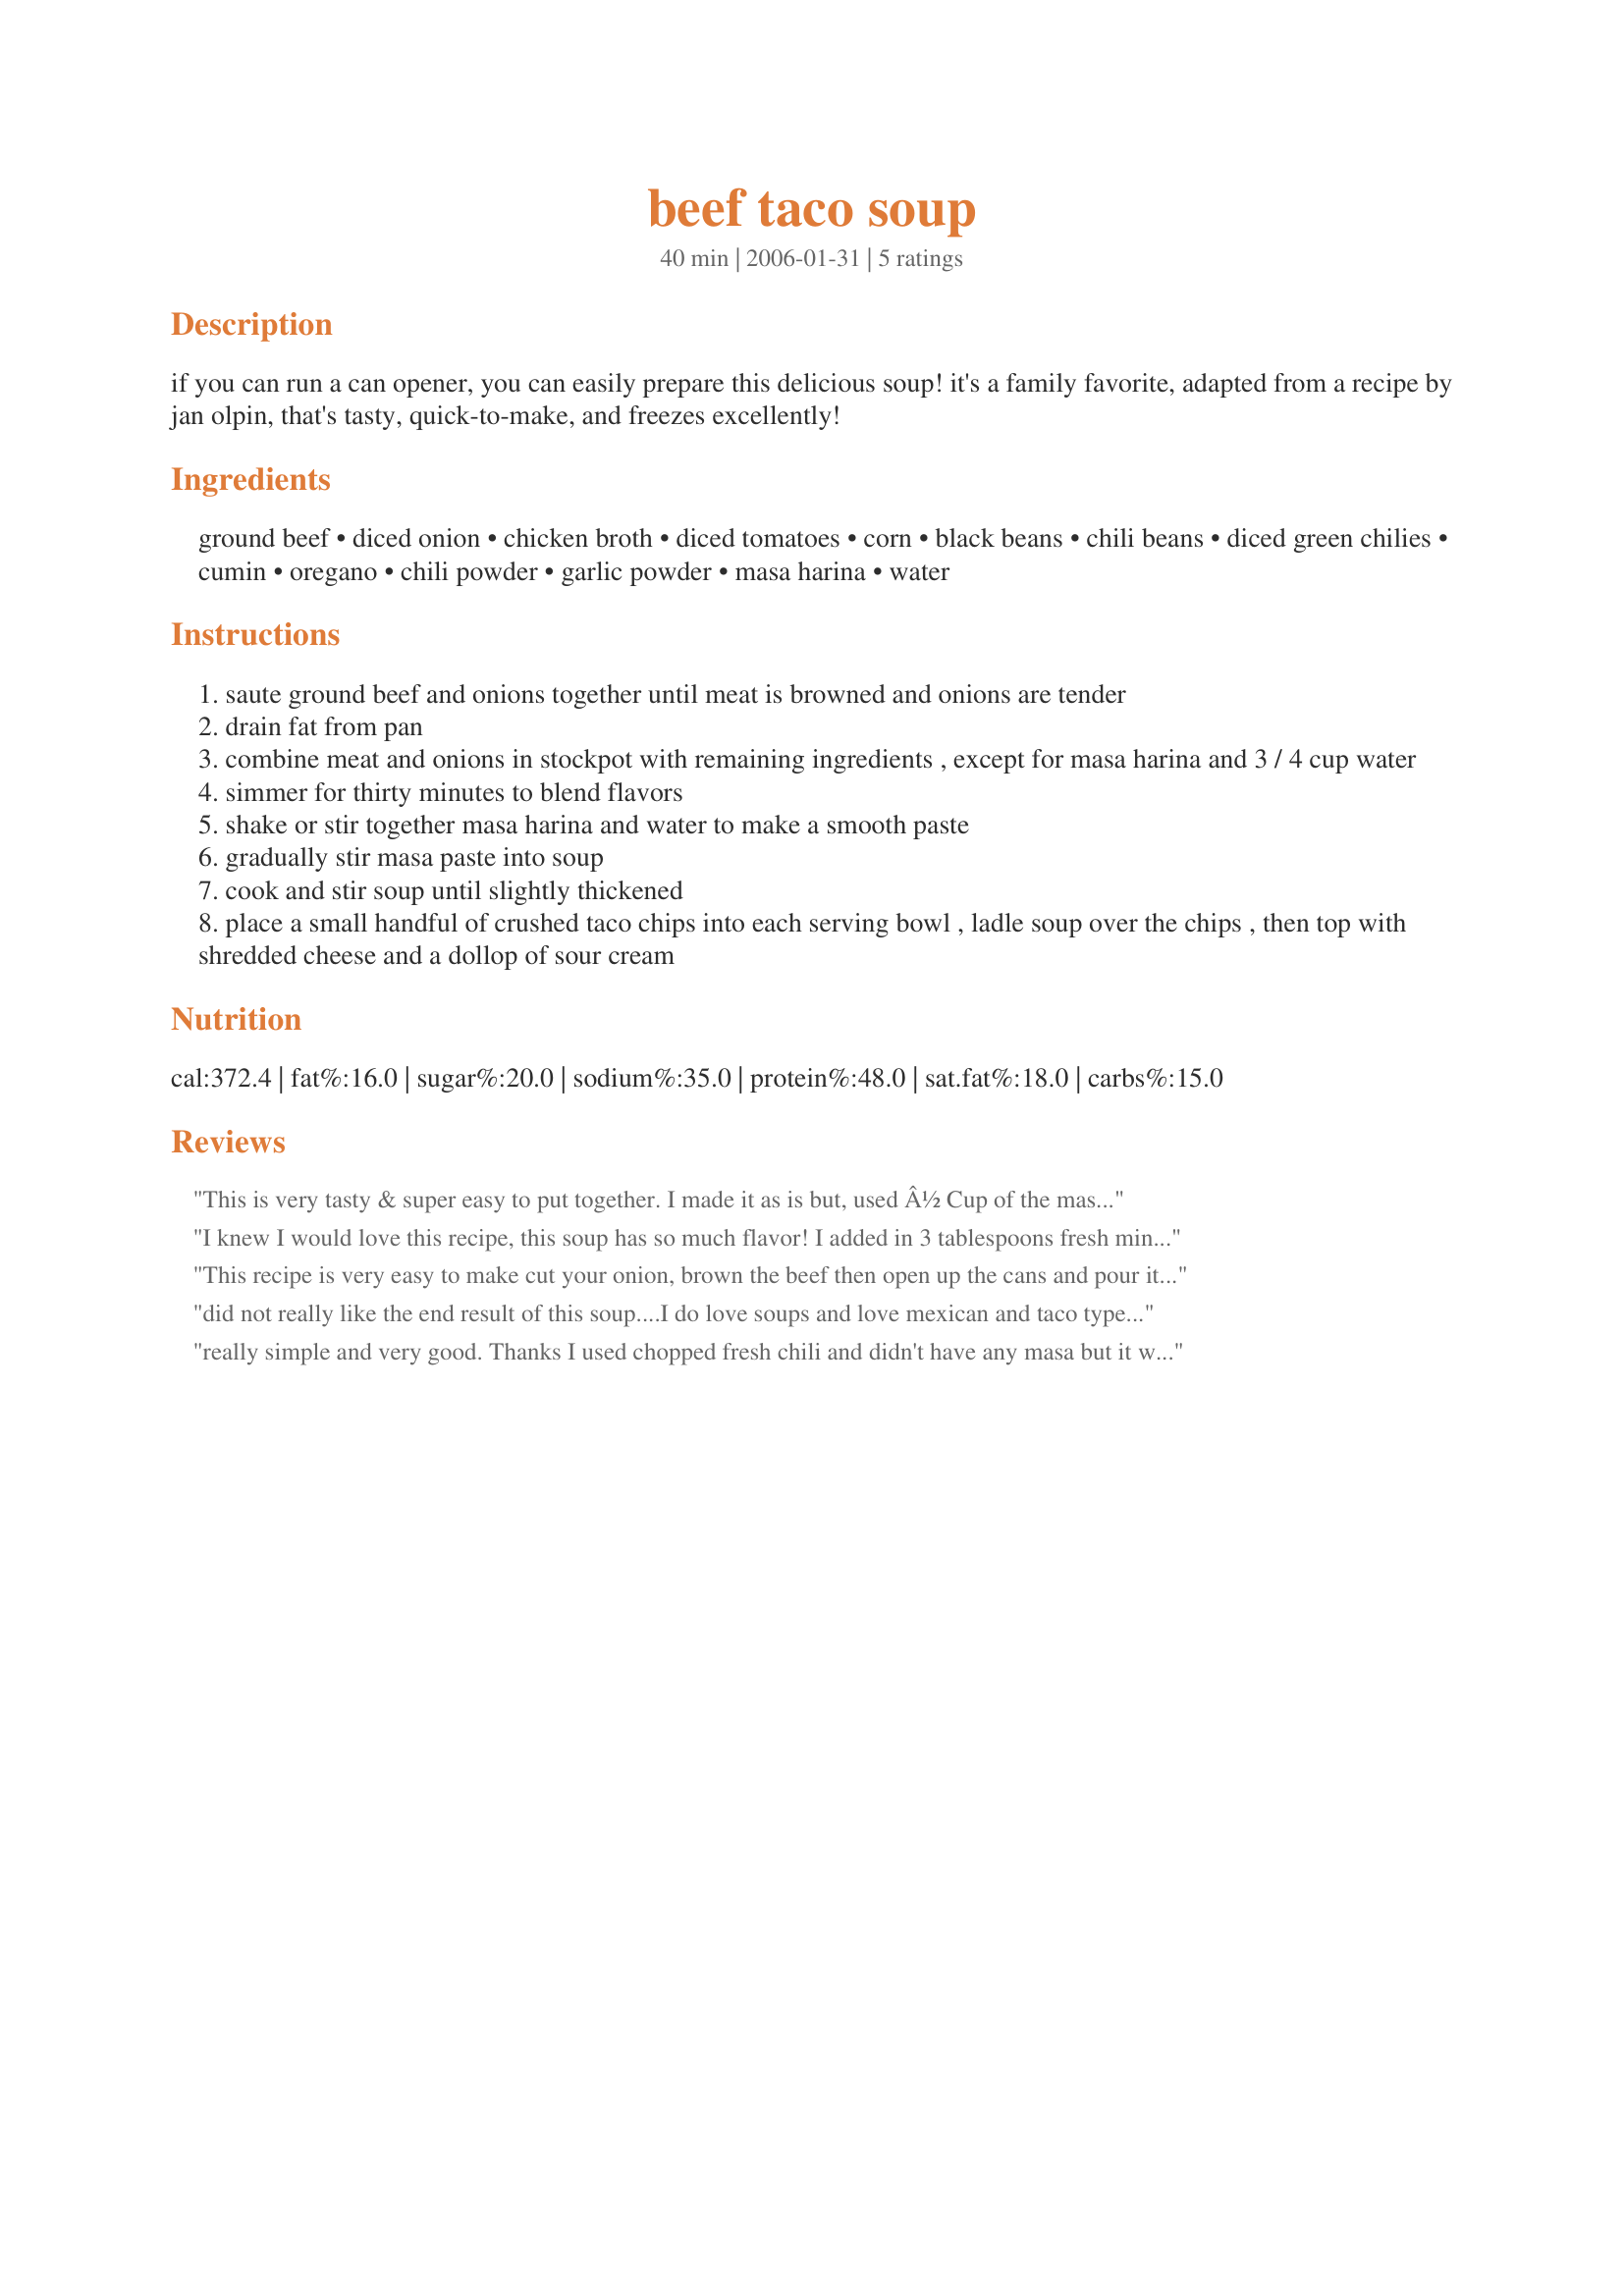
beef taco soup
Preparation time: 40 minutes

if you can run a can opener, you can easily prepare this delicious soup! it's a family favorite, adapted from a recipe by jan olpin, that's tasty, quick-to-make, and freezes excellently!

Ingredients:
ground beef, diced onion, chicken broth, diced tomatoes, corn, black beans, chili beans, diced green chilies, cumin, oregano, chili powder, garlic powder, masa harina, water

Steps:
saute ground beef and onions together until meat is browned and onions are tender
drain fat from pan
combine meat and onions in stockpot with remaining ingredients , except for masa harina and 3 / 4 cup water
simmer for thirty minutes to blend flavors
shake or stir together masa harina and water to make a smooth paste
gradually stir masa paste into soup
cook and stir soup until slightly thickened
place a small handful of crushed taco chips into each serving bowl , ladle soup over the chips , then top with shredded cheese and a dollop of sour cream

Reviews:
This is very tasty & super easy
to put together. I made it as
is but, used Â½ Cup of the masa. It
was the perfect consistancy. Will
definetly be making this again.
I knew I would love this recipe, this soup has so much flavor! I added in 3 tablespoons fresh minced garlic and 2 jalapeno peppers with the onions, I used chicken broth, I love this soup and look forward to making it again many more times, thanks for sharing hon!...Kitten
This recipe is very easy to make cut your onion, brown the beef then open up the cans and pour it in the pot. Your photos look like it had more tomato base to it hen what ours ended up as. And I would like to try added a 6 ounce can of tomato paste next time and 1/4 cup more of the masa harina s it did not thicken very much. Other then that the flavor was very good. Thank you for sharing this recipe with us. Made for Zaar World Tour 2006
did not really like the end result of this soup....I do love soups and love mexican and taco type...would not do this one again
really simple and very good. Thanks I used chopped fresh chili and didn't have any masa but it was still excellent.
